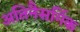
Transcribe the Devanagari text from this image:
अतिनैसर्गिक